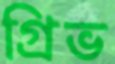
গ্রিভ